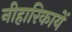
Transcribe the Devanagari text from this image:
नीहारिकायें